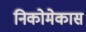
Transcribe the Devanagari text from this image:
निकोमेकास